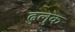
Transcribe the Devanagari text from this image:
ढुलुक